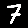
Digit: 7